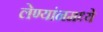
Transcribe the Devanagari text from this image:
लेण्यांनमध्ये